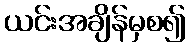
ယင်းအချိန်မှစ၍